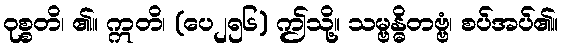
ဝုစ္စတိ၊ ၏။ ဣတိ၊ (ပေ၂၅၆) ဤသို့။ သမ္ဗန္ဓိတဗ္ဗံ၊ စပ်အပ်၏။